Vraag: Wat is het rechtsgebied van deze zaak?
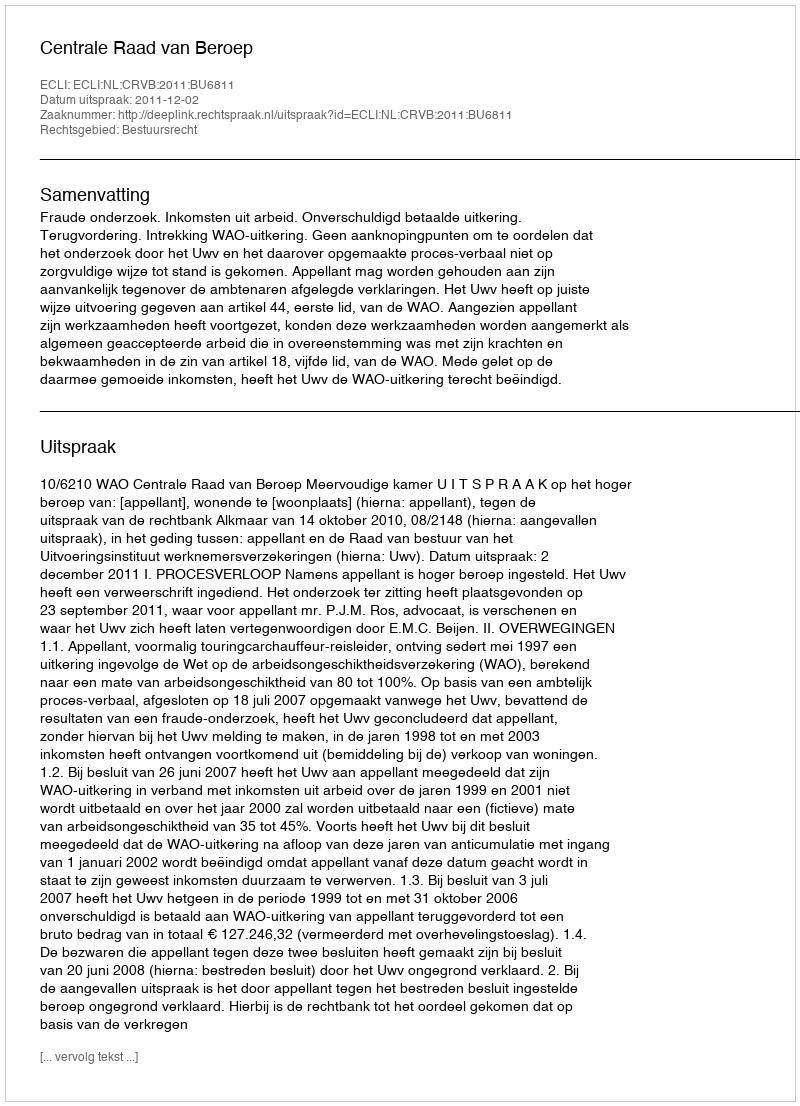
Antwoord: Bestuursrecht